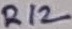
Text: R12